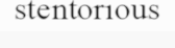
stentorious